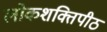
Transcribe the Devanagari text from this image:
लोकशक्तिपीठ